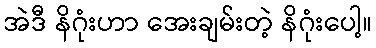
အဲဒီ နိဂုံးဟာ အေးချမ်းတဲ့ နိဂုံးပေါ့။